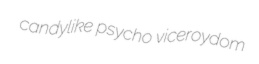
candylike psycho viceroydom